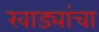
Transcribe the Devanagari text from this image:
खाड्यांचा